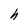
Character: h